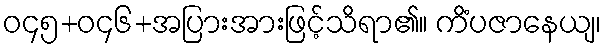
ဝ၄၅+ဝ၄၆+အပြားအားဖြင့်သိရာ၏။ ကိံပဇာနေယျ၊